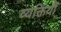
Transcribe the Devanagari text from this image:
व्यक्तियौं